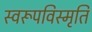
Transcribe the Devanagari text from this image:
स्वरूपविस्मृति